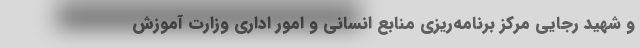
و شهید رجایی مرکز برنامه‌ریزی منابع انسانی و امور اداری وزارت آموزش